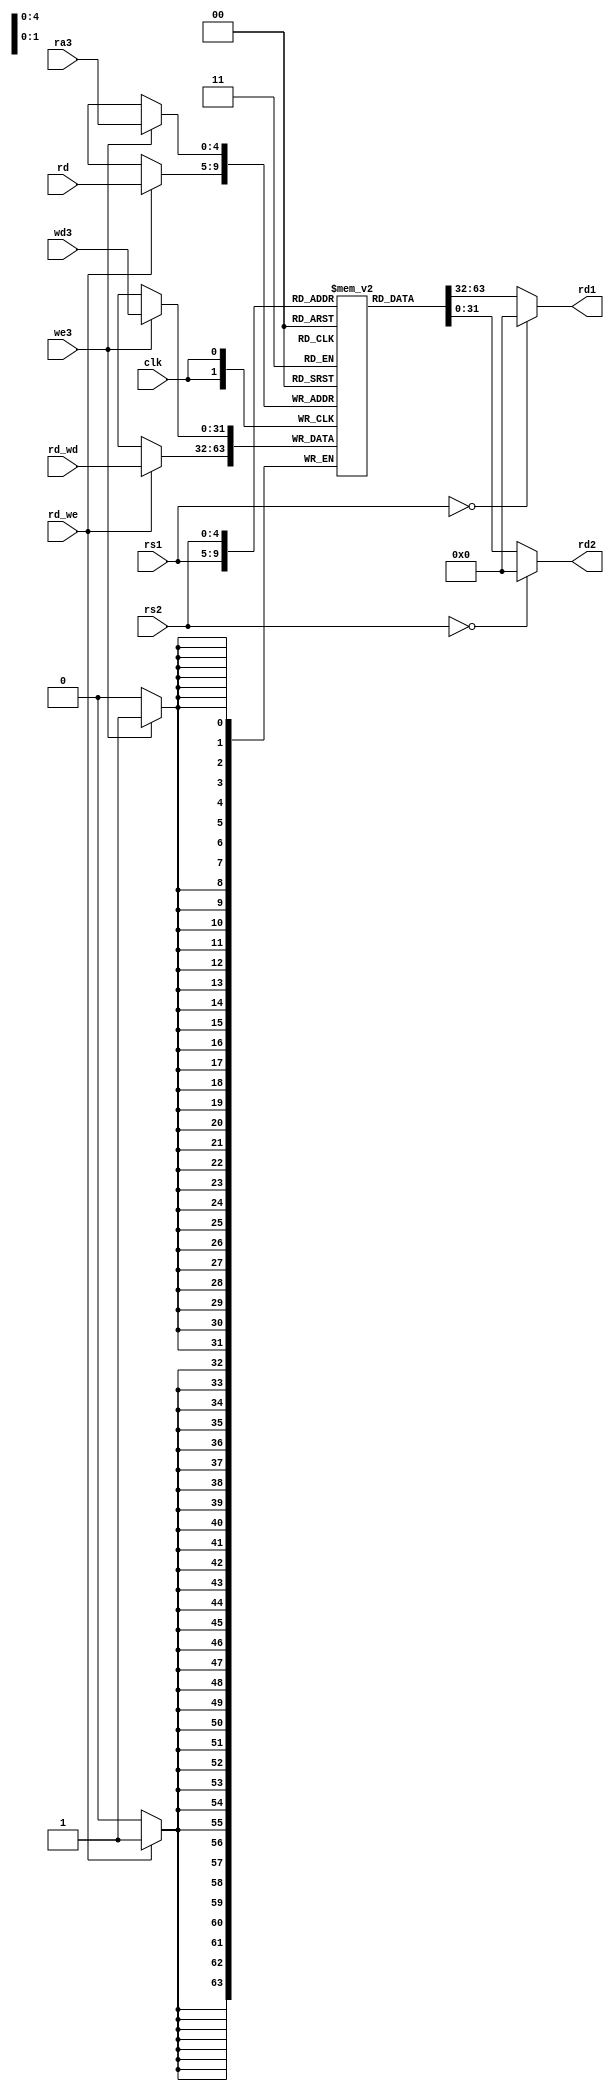
`default_nettype none
//`define DBG

module Registers #(
    parameter ADDR_WIDTH = 5,
    parameter WIDTH = 32
) (
    input wire clk,
    input wire [ADDR_WIDTH-1:0] rs1,
    input wire [ADDR_WIDTH-1:0] rs2,
    input wire [ADDR_WIDTH-1:0] rd,
    input wire [WIDTH-1:0] rd_wd,  // data to write to register 'rd' when 'rd_we' is enabled
    input wire rd_we,
    output wire [WIDTH-1:0] rd1,  // value of register 'ra1'
    output wire [WIDTH-1:0] rd2,  // value of register 'ra2'
    input wire [ADDR_WIDTH-1:0] ra3,  // register address 3
    input wire [WIDTH-1:0] wd3,  // data to write to register 'ra3' when 'we3' is enabled
    input wire we3
);

  reg signed [WIDTH-1:0] mem[0:2**ADDR_WIDTH-1];

  // register 0 is hardwired to value 0
  assign rd1 = rs1 == 0 ? 0 : mem[rs1];
  assign rd2 = rs2 == 0 ? 0 : mem[rs2];

  always @(posedge clk) begin
`ifdef DBG
    $display("%0t: clk+: Registers (rs1,rs2,rd)=(%0h,%0h,%0h)", $time, rs1, rs2, rd);
`endif
    //    $display("%0t: we3=%0h, wd3=%0h, ra3=%0h, rd_we=%0h, rd_wd=%0h", $time, we3, wd3, ra3, rd_we, rd_wd);

    // write first the 'wd3' which is from a 'load'
    // then the 'wd2' which might overwrite the 'wd3'
    //   example: lw x1, 0(x2) ; addi x1, x1, 1
    // note: ok to write to register 'zero' since reading it yields 0
    if (we3) mem[ra3] <= wd3;
    if (rd_we) mem[rd] <= rd_wd;
  end

endmodule

`undef DBG
`default_nettype wire